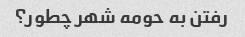
رفتن به حومه شهر چطور؟